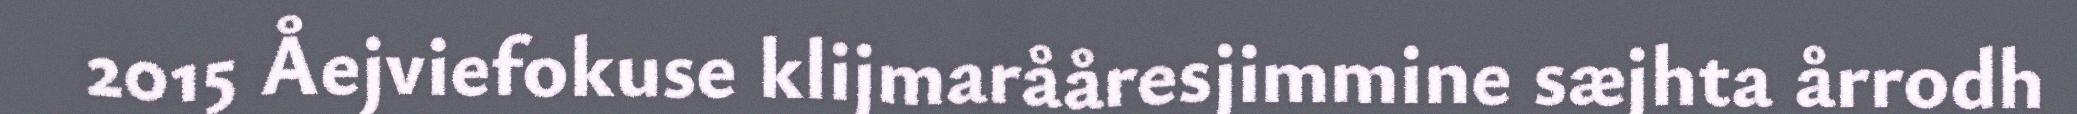
2015 Åejviefokuse klijmarååresjimmine sæjhta årrodh